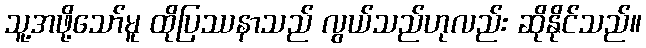
သူ့အဖို့သော်မူ ထိုပြဿနာသည် လွယ်သည်ဟုလည်း ဆိုနိုင်သည်။